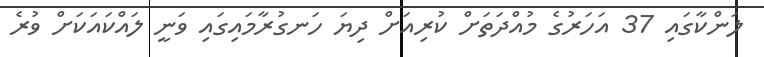
ލަންކާގައި 37 އަހަރުގެ މުއްދަތަށް ކުރިއަށް ދިޔަ ހަނގުރާމައިގައި ވަނީ ލައްކައަކަށް ވުރެ